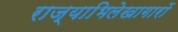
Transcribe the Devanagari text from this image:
राज्याभिलेखागारों